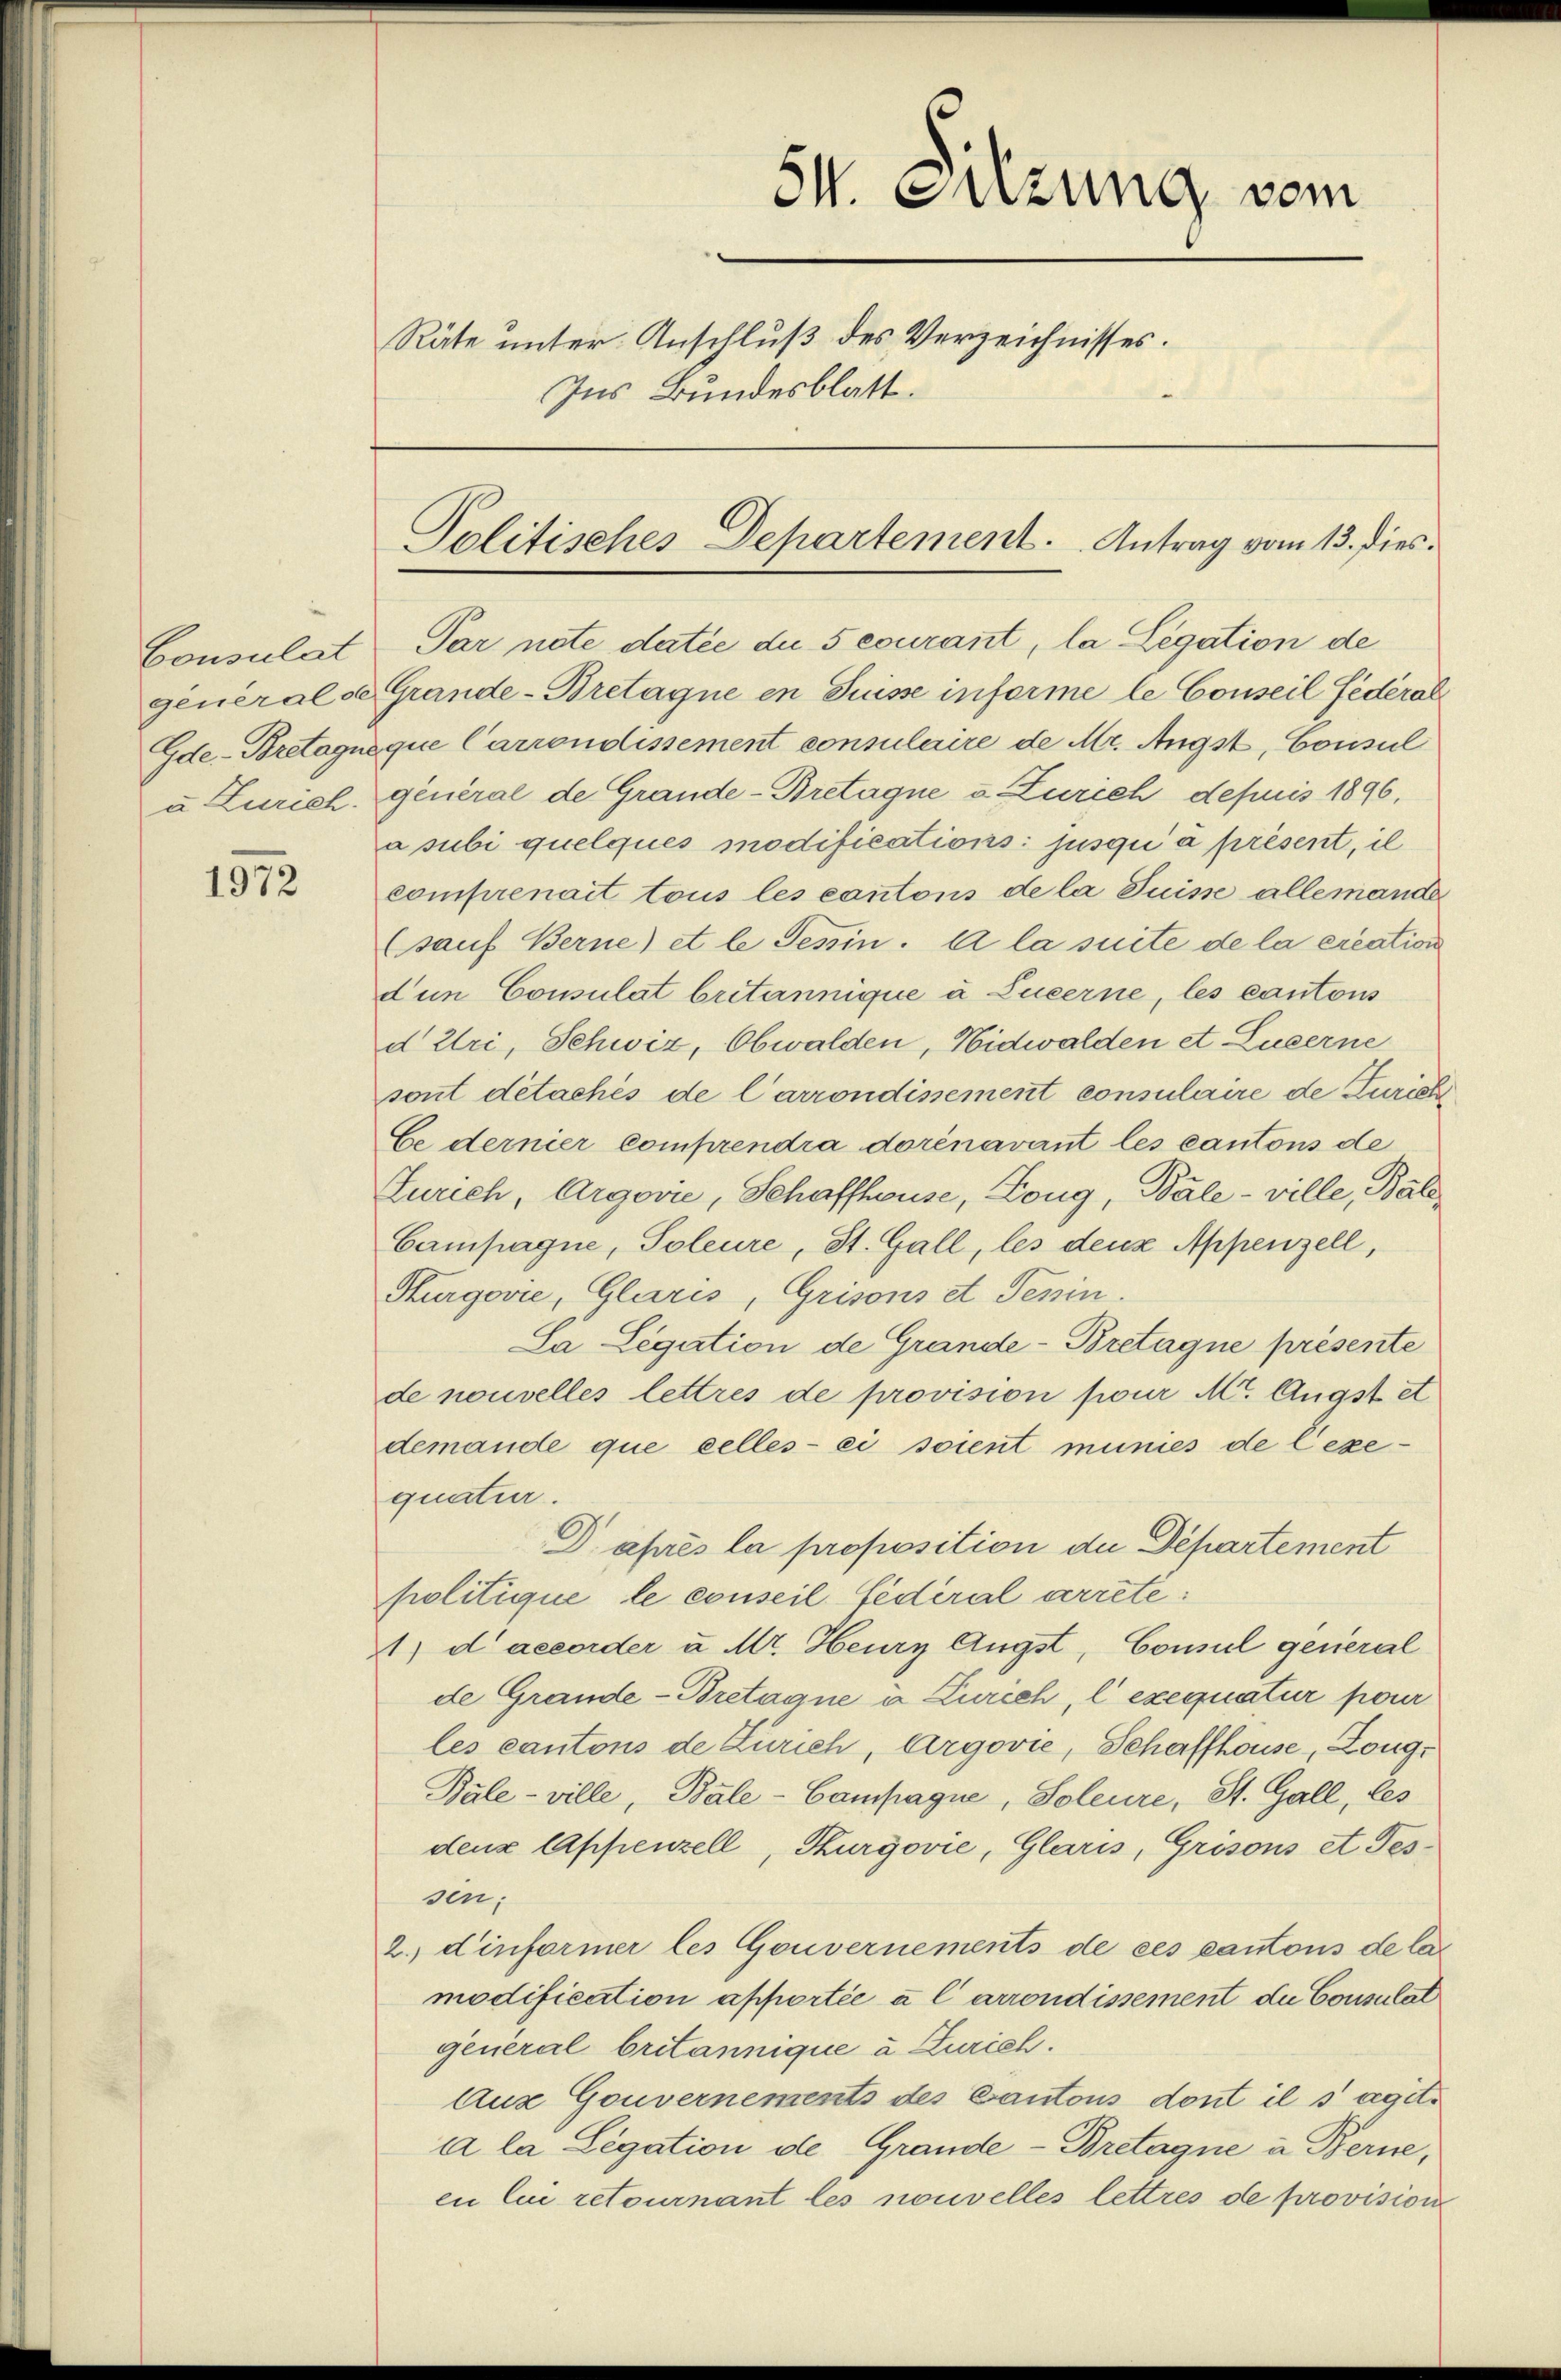
1972

54. Sitzung vom
Räte unter Anschluß des Verzeichnisses.
Ins Bundesblatt.

Consulat Par note datée du securant, la Legation de
generalse Grande-Bretagne en Suisse informe le Conseil Federal
Gde-Bretagneque Carrondissement consulaire de Mr. Angst, Consul
a Zürich. General de Grande-Bretagne v. Zürich depuis 1896,
a subi quelques modifications: jusqu’à présent, il
comprenait tous les cantons de la Suisse allemande
(sauf Berne) et le Tessin. A la suite de la creation
dun Consulat britannique à Lucerne, les cantons
d Uri, Schwiz, Obwalden, Nidwalden et Luzerne
sont détachés de Carrondissement consulaire de Turich
Ce dernier comprendra dorénavant les cantons de
Zürich, Argović, Schaffhause, Loug, Bale - ville, Bale¬
Campagne, Poleure, St. Gall, les denz Appenzell,
Surgović, Glaris, Grisons et Tessin.
Sa Legation de Grande-Bretagne présente
de nouvelles lettres de provision pour Mt. Augst et
demande que celles-ci soient munies de l’exequatur.
Daprès la proposition die Departement
politique le conseil fédéral arrete
1) daecorder u Mt. Heury Ängst, Consul general
de Grande-Bretaque à Zürich, l exequatur pour
les cantons de Zürich, Argovie, Schaffhouse, Zoug¬
Bále - ville, Bale-Campagne, Soleure, St. Gall, les
denz Appenzell, Thurgović, Glaris, Grisons et Tes-
sen,
2.) Einformer les Gouvernements de ces cantons de las
modification apportée à l arrondissement die Consulat
general britannique à Zürich.
Aus Gouvernements des Cantons dont il saget.
A la Legation de Grande-Bretagne u Berne,
en lui retournant les nouvelles lettres de provision

Politisches Departement. Antrag vom 13. dies.